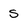
Character: s